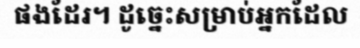
ផងដែរ។ ដូច្នេះសម្រាប់អ្នកដែល